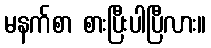
မနက်စာ စားပြီးပါပြီလား။